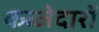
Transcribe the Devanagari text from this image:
कब्जेदारों